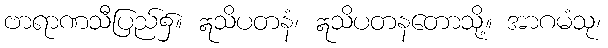
ဗာရာဏသီပြည်၌။ ဣသိပတနံ၊ ဣသိပတနတောသို့။ အာဂမံသု၊